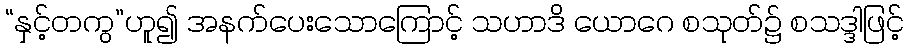
“နှင့်တကွ”ဟူ၍ အနက်ပေးသောကြောင့် သဟာဒိ ယောဂေ စသုတ်၌ စသဒ္ဒါဖြင့်